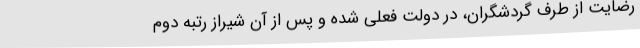
رضایت از طرف گردشگران، در دولت فعلی شده و پس از آن شیراز رتبه دوم